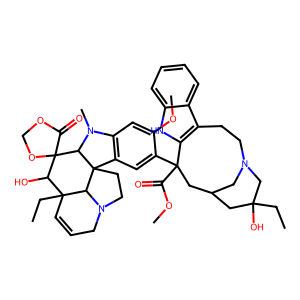
SMILES: CCC1(O)CC2CN(CCc3c([nH]c4ccccc34)C(C(=O)OC)(c3cc4c(cc3OC)N(C)C3C5(OCOC5=O)C(O)C5(CC)C=CCN6CCC43C65)C2)C1
Inhibits HIV replication: No